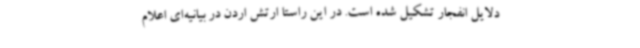
دلایل انفجار تشکیل شده است. در این راستا ارتش اردن در بیانیه‌ای اعلام